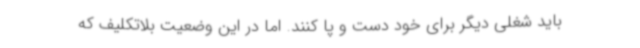
باید شغلی دیگر برای خود دست و پا کنند. اما در این وضعیت بلاتکلیف که